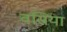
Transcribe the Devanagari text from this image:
वसिया